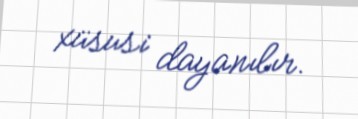
xüsusi dayanılır.